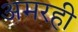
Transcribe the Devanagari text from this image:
अमरही